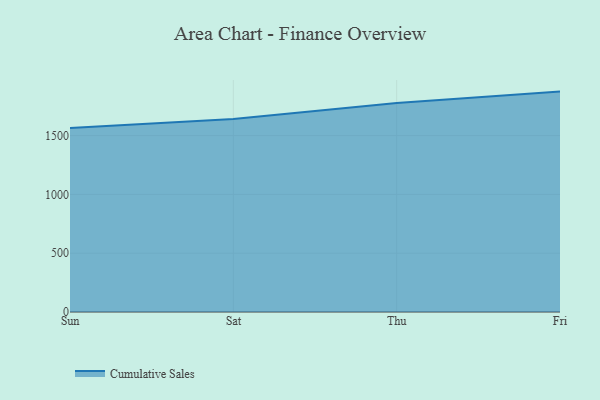
{"axis": {"x": "Day", "y": "Backlog"}, "legend": ["Cumulative Sales"], "data": [{"x": "Sun", "y": 1565.3, "type": "Cumulative Sales"}, {"x": "Sat", "y": 1642.3, "type": "Cumulative Sales"}, {"x": "Thu", "y": 1777.1, "type": "Cumulative Sales"}, {"x": "Fri", "y": 1874.3, "type": "Cumulative Sales"}]}